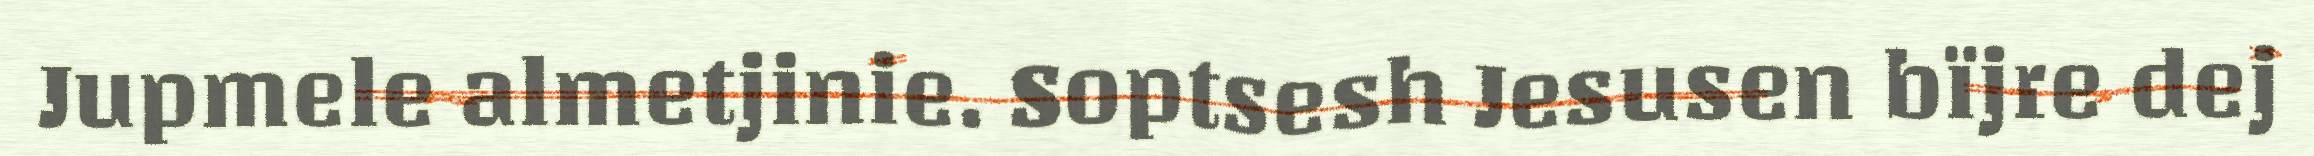
Jupmele almetjinie. Soptsesh Jesusen bïjre dej